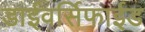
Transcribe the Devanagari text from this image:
डाईवर्सिफाईड